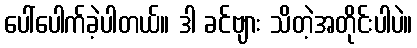
ပေါ်ပေါက်ခဲ့ပါတယ်။ ဒါ ခင်ဗျား သိတဲ့အတိုင်းပါပဲ။